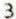
3